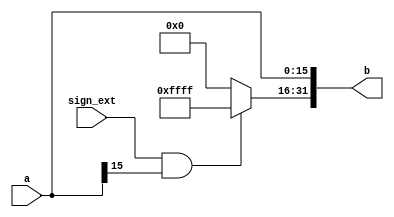
`timescale 1ns / 1ps
//////////////////////////////////////////////////////////////////////////////////
// Company: 
// Engineer: 
// 
// Design Name: 
// Module Name: ext16
// Project Name: 
// Target Devices: 
// Tool Versions: 
// Description: 
// 
// Dependencies: 
// 
// Revision:
// Revision 0.01 - File Created
// Additional Comments:
// 
//////////////////////////////////////////////////////////////////////////////////


module ext16#(parameter DEPTH=16)(
input [DEPTH-1:0] a,
input sign_ext,
output reg [31:0] b
    );
always@(a or sign_ext)
begin
  if(sign_ext==1 && a[DEPTH-1]==1)
  begin
    b[31:0]=32'hffffffff;
    b[DEPTH-1:0]=a[DEPTH-1:0];
  end
  else
  begin
     b[31:0]=32'h00000000;
     b[DEPTH-1:0]=a[DEPTH-1:0];
  end
end
endmodule